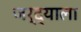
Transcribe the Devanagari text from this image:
जर्द्याला